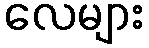
လေများ